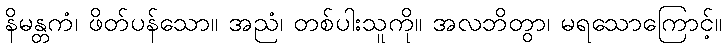
နိမန္တကံ၊ ဖိတ်ပန်သော။ အညံ၊ တစ်ပါးသူကို။ အလဘိတွာ၊ မရသောကြောင့်။